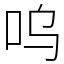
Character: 呜